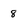
Character: 8